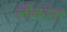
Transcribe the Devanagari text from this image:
लोकांनां